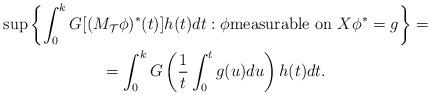
LaTeX: \begin{gather*}\sup\left\{ \int_{0}^{k}G[(M_{\mathcal{T}}\phi)^{\ast}(t)]h(t)dt:\phi\text{measurable on }X\phi^{\ast}=g\right\} =\\=\int_{0}^{k}G\left( \frac{1}{t}\int_{0}^{t}g(u)du\right) h(t)dt.\end{gather*}